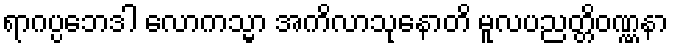
ရာဂပ္ပဘေဒါ လောကသ္မာ အကိလာသုနောတိ မူလပညတ္တိဝဏ္ဏနာ